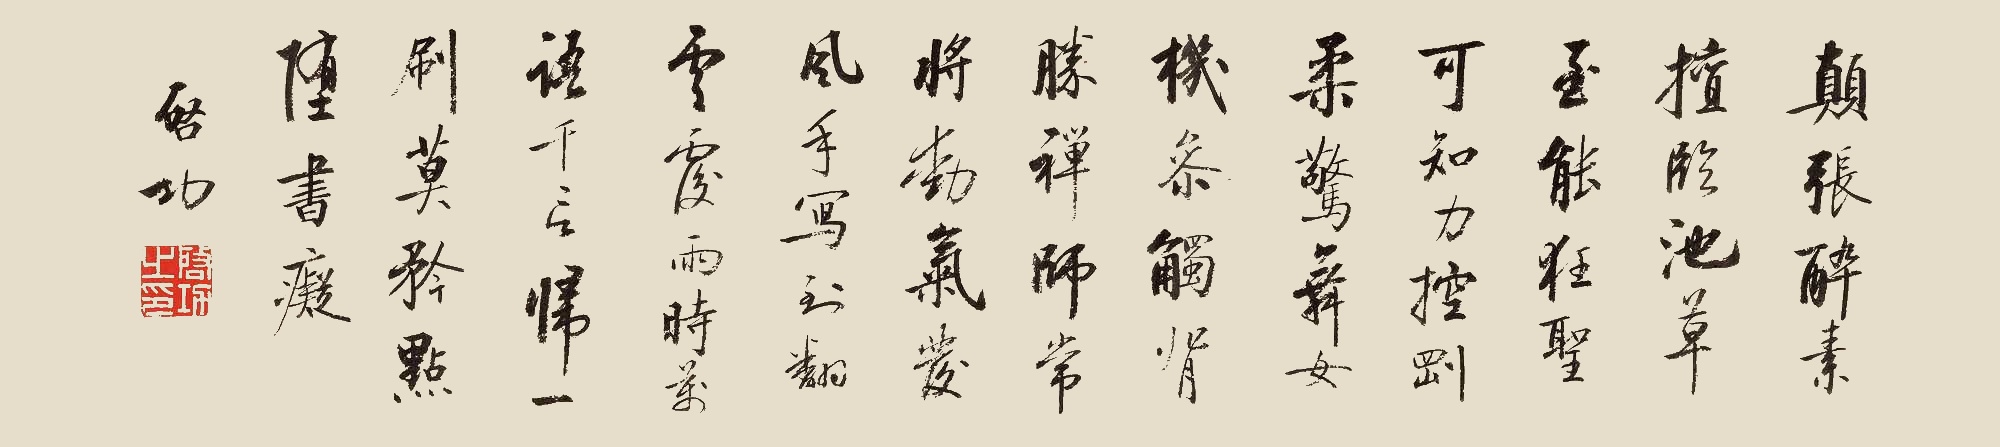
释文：颠张醉素擅临池，草至能狂圣可知。力控刚柔惊舞女，机参触背胜禅师。常将动气发风手，写到翻云覆雨时。万语千言归一刷，莫矜点(画)堕书痴。启功。